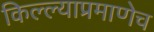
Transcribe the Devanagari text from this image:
किल्ल्याप्रमाणेच